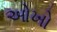
ઓખો